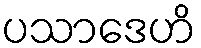
ပသာဒေဟိ